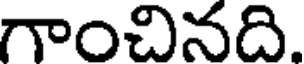
గాంచినది.